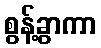
စွန့်ခွာကာ